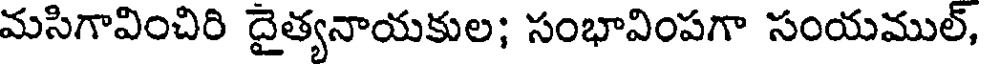
మసిగావించిరి దైత్యనాయకుల; సంభావింపగా సంయముల్,